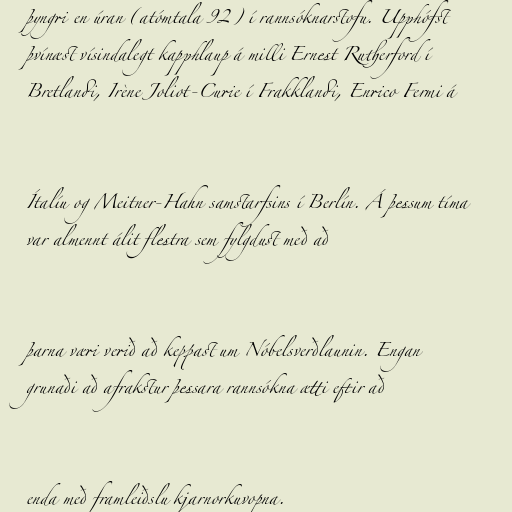
þyngri en úran (atómtala 92) í rannsóknarstofu. Upphófst
þvínæst vísindalegt kapphlaup á milli Ernest Rutherford í
Bretlandi, Irène Joliot-Curie í Frakklandi, Enrico Fermi á

Ítalíu og Meitner-Hahn samstarfsins í Berlín. Á þessum tíma
var almennt álit flestra sem fylgdust með að

þarna væri verið að keppast um Nóbelsverðlaunin. Engan
grunaði að afrakstur þessara rannsókna ætti eftir að

enda með framleiðslu kjarnorkuvopna.